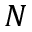
N